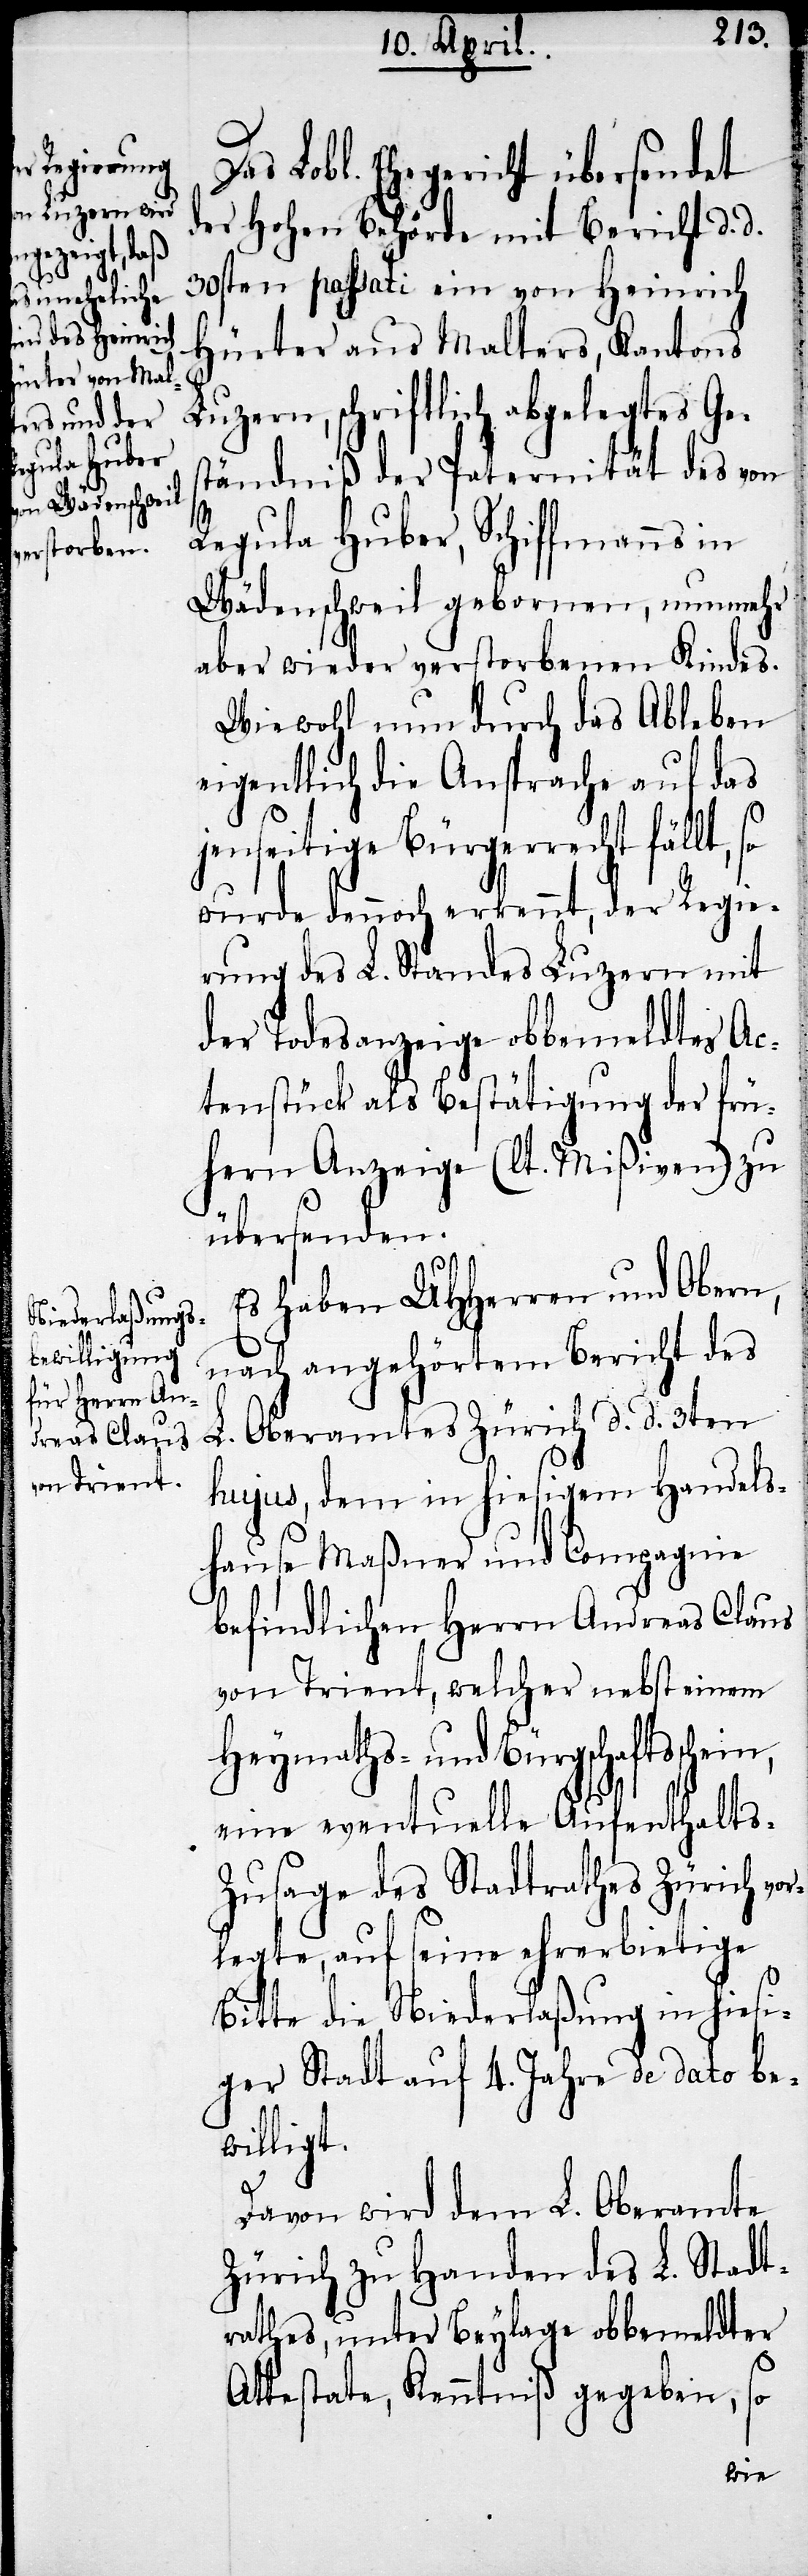
Lobl. Ehegericht übersendet
der Hohen Behörde mit Bericht d. d.
30sten passati ein von Heinrich
Hürter aus Malters, Kantons
Luzern, schriftlich abgelegtes Ge¬
ständniß der Paternität des von
Regula Huber, Schiffmanns in
Wädenschweil gebornen, nunmehr
aber wieder verstorbenen Kindes.
Wiewohl nun durch das Ableben
eigentlich die Ansprache auf das
jenseitige Bürgerrecht fällt, so
wurde dennoch erkennt, der Regie¬
rung des L. Standes Luzern mit
der Todesanzeige obbemeldtes Ac¬
tenstück als Bestätigung der frü¬
hern Anzeige (lt. Mißiven) zu
übersenden.
Es haben UHHerren und Obern,
nach angehörtem Bericht des
L. Oberamtes Zürich d. d. 3ten
hujus, dem in hiesigem Handels¬
hause Maßner und Compagnie
befindlichen Herrn Andreas Claus
von Trient, welcher nebst einem
Heymaths- und Bürgschaftsschei¬
eine eventuelle Aufenthalts-Z¬
usage des Stadtrathes Zürich vo¬
rlegte, auf seine ehrerbietige
Bitte die Niederlaßung in hiesi¬
ger Stadt auf 4. Jahre de dato be¬
willigt.
n,
Davon wird dem L. Oberamte
Zürich zu Handen des L. Stadt¬
rathes, unter Beylage obbemeldter
Attestate, Kenntniß gegeben, so